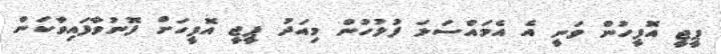
ޕީޖީ އޮފީހުން ވަނީ އެ އެމައްސަލަ ފުލުހުން މިއަދު ޕީޖީ އޮފީހަށް ފޮނުވާފައިވާކަން